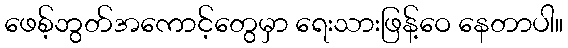
ဖေစ့်ဘွတ်အကောင့်တွေမှာ ရေးသားဖြန့်ဝေ နေတာပါ။